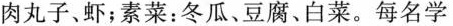
肉丸子、虾；素菜：冬瓜、豆腐、白菜。每名学